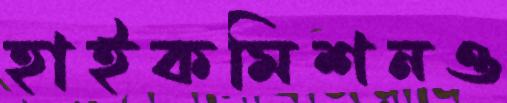
হাইকমিশনও